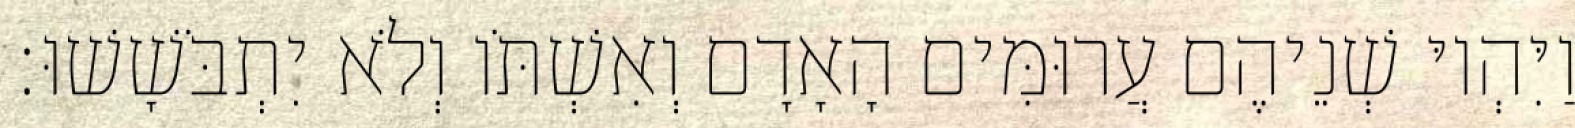
וַיִּהְיוּ שְׁנֵיהֶם עֲרוּמִּים הָאָדָם וְאִשְׁתֹּו וְלֹא יִתְבֹּשָׁשׁוּ׃